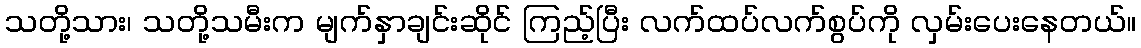
သတို့သား၊ သတို့သမီးက မျက်နှာချင်းဆိုင် ကြည့်ပြီး လက်ထပ်လက်စွပ်ကို လှမ်းပေးနေတယ်။